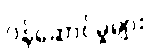
ဝန်ဆောင်မှုများ